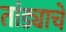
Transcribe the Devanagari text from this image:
तांड्याचे